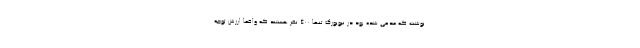
نوشت که مدعی شده بود در نیویورک تنها ۴۰۰ نفر هستند که واقعا ارزش توجه